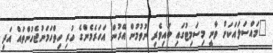
"މައްސަލައަކަށް ވާނީ މިސަމިޓުގައި ބައިވެރި ނުވުމުން އޭރުން އަހަރެމެންގެ ހުރި ހިތްހަމަނުޖެހުންތައް އަދި